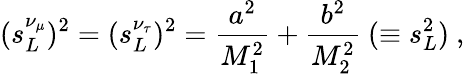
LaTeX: (s_{L}^{\nu_{\mu}})^{2}=(s_{L}^{\nu_{\tau}})^{2}=\frac{a^{2}}{M_{1}^{2}}+\frac{b^{2}}{M_{2}^{2}}\ (\equiv s_{L}^{2})\ ,